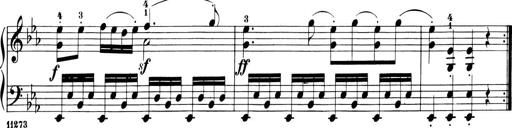
Title: 6 Piano Sonatinas
Composer: Cornelius Gurlitt